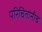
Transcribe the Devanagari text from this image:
परिचितांनीच